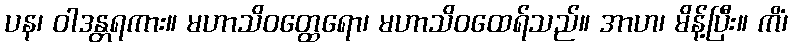
ပန၊ ဝါဒန္တရကား။ မဟာသိဝတ္ထေရော၊ မဟာသိဝထေရ်သည်။ အာဟ၊ မိန့်ပြီး။ ကိံ၊